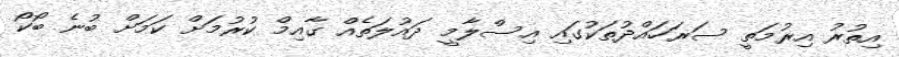
އިތުރު އިރުމަތީ ސަރަހައްދުތަކުގައި އިސްލާމީ ދައުލަތެއް ގާއިމް ކުރުމަށް ކަމަށް ބުނެ ބޯކޯ